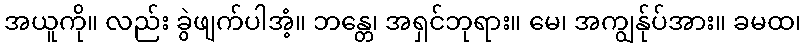
အယူကို။ လည်း ခွဲဖျက်ပါအံ့။ ဘန္တေ၊ အရှင်ဘုရား။ မေ၊ အကျွန်ုပ်အား။ ခမထ၊